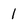
Character: I